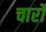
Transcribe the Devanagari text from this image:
चार्रो